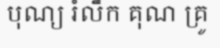
បុណ្យ រំលឹក គុណ គ្រូ